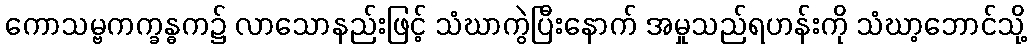
ကောသမ္ဗကက္ခန္ဓက၌ လာသောနည်းဖြင့် သံဃာကွဲပြီးနောက် အမှုသည်ရဟန်းကို သံဃာ့ဘောင်သို့